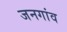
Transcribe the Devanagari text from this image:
जनगांव